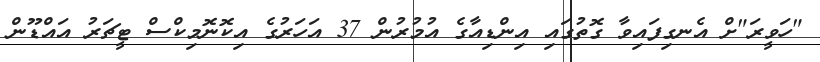
"ހަވީރަ"ށް އެނގިފައިވާ ގޮތުގައި އިންޑިއާގެ އުމުރުން 37 އަހަރުގެ އިކޮނޮމިކްސް ޓީޗަރު އައްޑޫން